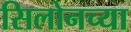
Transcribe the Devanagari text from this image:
सिलोनच्या